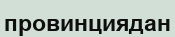
провинциядан